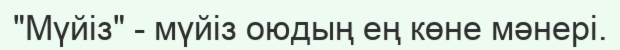
"Мүйіз" - мүйіз оюдың ең көне мәнері.